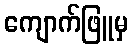
ကျောက်ဖြူမှ